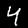
Digit: 4